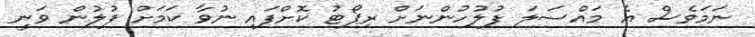
ނަމަވެސް އެ މައްސަލަ ފުލުހުންނަށް ރިޕޯޓު ކޮށްފައި ނުވާ ކަމަށް ފުލުން ވަނީ